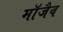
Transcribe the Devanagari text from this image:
माॅजैव